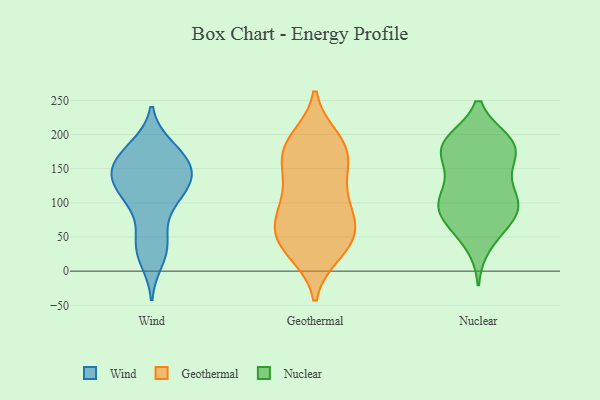
{"axis": {"x": "Energy Usage (MWh)", "y": "Value"}, "legend": ["Geothermal", "Nuclear", "Wind"], "data": [{"x": "", "y": 159, "type": "Wind"}, {"x": "", "y": 140, "type": "Wind"}, {"x": "", "y": 149, "type": "Wind"}, {"x": "", "y": 123, "type": "Wind"}, {"x": "", "y": 91, "type": "Wind"}, {"x": "", "y": 16, "type": "Wind"}, {"x": "", "y": 138, "type": "Wind"}, {"x": "", "y": 30, "type": "Wind"}, {"x": "", "y": 182, "type": "Wind"}, {"x": "", "y": 38, "type": "Wind"}, {"x": "", "y": 107, "type": "Wind"}, {"x": "", "y": 122, "type": "Wind"}, {"x": "", "y": 144, "type": "Wind"}, {"x": "", "y": 53, "type": "Wind"}, {"x": "", "y": 157, "type": "Wind"}, {"x": "", "y": 112, "type": "Wind"}, {"x": "", "y": 180, "type": "Wind"}, {"x": "", "y": 173, "type": "Wind"}, {"x": "", "y": 107, "type": "Geothermal"}, {"x": "", "y": 27, "type": "Geothermal"}, {"x": "", "y": 79, "type": "Geothermal"}, {"x": "", "y": 90, "type": "Geothermal"}, {"x": "", "y": 114, "type": "Geothermal"}, {"x": "", "y": 61, "type": "Geothermal"}, {"x": "", "y": 69, "type": "Geothermal"}, {"x": "", "y": 72, "type": "Geothermal"}, {"x": "", "y": 44, "type": "Geothermal"}, {"x": "", "y": 171, "type": "Geothermal"}, {"x": "", "y": 194, "type": "Geothermal"}, {"x": "", "y": 37, "type": "Geothermal"}, {"x": "", "y": 181, "type": "Geothermal"}, {"x": "", "y": 48, "type": "Geothermal"}, {"x": "", "y": 148, "type": "Geothermal"}, {"x": "", "y": 137, "type": "Geothermal"}, {"x": "", "y": 26, "type": "Geothermal"}, {"x": "", "y": 184, "type": "Geothermal"}, {"x": "", "y": 190, "type": "Geothermal"}, {"x": "", "y": 159, "type": "Geothermal"}, {"x": "", "y": 74, "type": "Nuclear"}, {"x": "", "y": 85, "type": "Nuclear"}, {"x": "", "y": 38, "type": "Nuclear"}, {"x": "", "y": 183, "type": "Nuclear"}, {"x": "", "y": 100, "type": "Nuclear"}, {"x": "", "y": 160, "type": "Nuclear"}, {"x": "", "y": 110, "type": "Nuclear"}, {"x": "", "y": 186, "type": "Nuclear"}, {"x": "", "y": 142, "type": "Nuclear"}, {"x": "", "y": 63, "type": "Nuclear"}, {"x": "", "y": 106, "type": "Nuclear"}, {"x": "", "y": 186, "type": "Nuclear"}, {"x": "", "y": 101, "type": "Nuclear"}, {"x": "", "y": 187, "type": "Nuclear"}, {"x": "", "y": 153, "type": "Nuclear"}, {"x": "", "y": 77, "type": "Nuclear"}, {"x": "", "y": 102, "type": "Nuclear"}, {"x": "", "y": 190, "type": "Nuclear"}, {"x": "", "y": 186, "type": "Nuclear"}]}